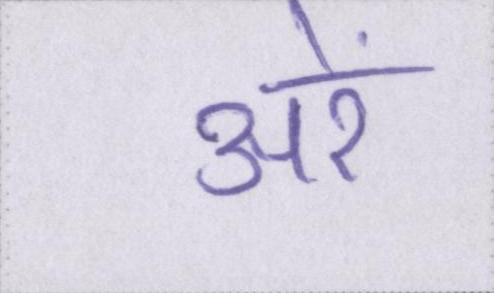
अरे